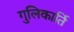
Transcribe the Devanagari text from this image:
गुलिकार्ति